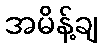
အမိန့်ချ